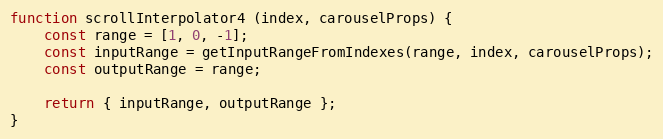
Language: JavaScript
function scrollInterpolator4 (index, carouselProps) {
    const range = [1, 0, -1];
    const inputRange = getInputRangeFromIndexes(range, index, carouselProps);
    const outputRange = range;

    return { inputRange, outputRange };
}